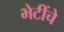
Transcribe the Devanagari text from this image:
भेटींचे